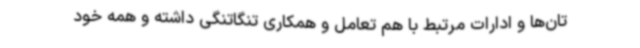
تان‌ها و ادارات مرتبط با هم تعامل و همکاری تنگاتنگی داشته و همه خود